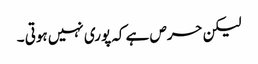
لیکن حرص ہے کہ پوری نہیں ہوتی ۔